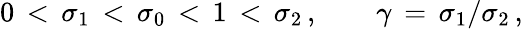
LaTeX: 0\, <\, \sigma_{1}\, <\, \sigma_{0}\, <\, 1\, <\, \sigma_{2}\, ,\qquad\gamma\, =\, \sigma_{1}/\sigma_{2}\, ,